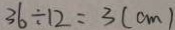
3 6 \div 1 2 = 3 ( c m )